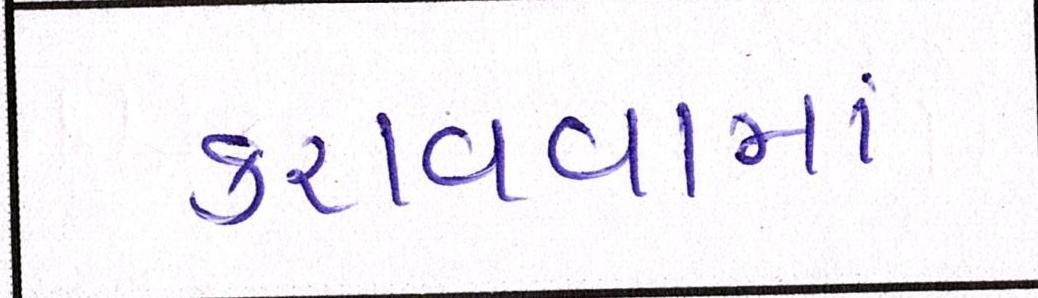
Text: કરાવવામાં